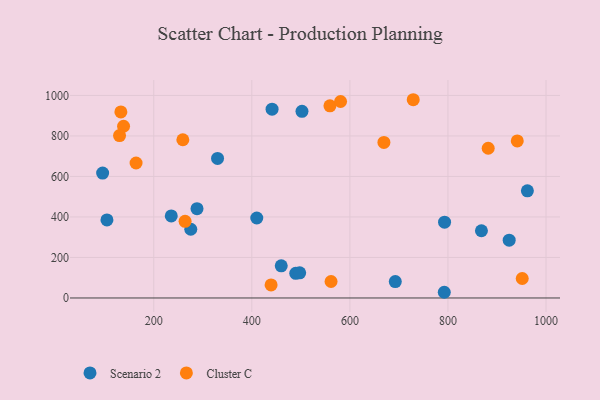
{"axis": {"x": "Experience", "y": "Yield"}, "legend": ["Cluster C", "Scenario 2"], "data": [{"x": "489.6", "y": 121.9, "type": "Scenario 2"}, {"x": "275.5", "y": 339.2, "type": "Scenario 2"}, {"x": "441.3", "y": 932.3, "type": "Scenario 2"}, {"x": "962.0", "y": 529.2, "type": "Scenario 2"}, {"x": "497.6", "y": 123.9, "type": "Scenario 2"}, {"x": "868.3", "y": 331.9, "type": "Scenario 2"}, {"x": "104.5", "y": 385.1, "type": "Scenario 2"}, {"x": "792.5", "y": 28.1, "type": "Scenario 2"}, {"x": "288.2", "y": 440.9, "type": "Scenario 2"}, {"x": "460.0", "y": 158.7, "type": "Scenario 2"}, {"x": "235.7", "y": 404.9, "type": "Scenario 2"}, {"x": "924.9", "y": 285.3, "type": "Scenario 2"}, {"x": "95.7", "y": 616.8, "type": "Scenario 2"}, {"x": "692.6", "y": 80.7, "type": "Scenario 2"}, {"x": "793.1", "y": 374.0, "type": "Scenario 2"}, {"x": "410.1", "y": 394.8, "type": "Scenario 2"}, {"x": "330.1", "y": 688.9, "type": "Scenario 2"}, {"x": "502.3", "y": 921.3, "type": "Scenario 2"}, {"x": "729.2", "y": 978.8, "type": "Cluster C"}, {"x": "951.5", "y": 96.2, "type": "Cluster C"}, {"x": "669.4", "y": 768.2, "type": "Cluster C"}, {"x": "561.6", "y": 81.3, "type": "Cluster C"}, {"x": "132.9", "y": 918.6, "type": "Cluster C"}, {"x": "559.3", "y": 948.9, "type": "Cluster C"}, {"x": "163.9", "y": 666.3, "type": "Cluster C"}, {"x": "941.4", "y": 775.5, "type": "Cluster C"}, {"x": "581.0", "y": 970.0, "type": "Cluster C"}, {"x": "259.3", "y": 781.2, "type": "Cluster C"}, {"x": "138.4", "y": 847.8, "type": "Cluster C"}, {"x": "263.9", "y": 378.6, "type": "Cluster C"}, {"x": "439.3", "y": 64.3, "type": "Cluster C"}, {"x": "882.1", "y": 739.3, "type": "Cluster C"}, {"x": "130.2", "y": 801.7, "type": "Cluster C"}]}